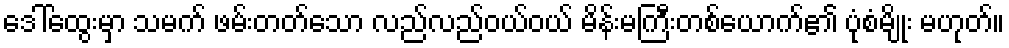
ဒေါ်ထွေးမှာ သမက် ဖမ်းတတ်သော လည်လည်ဝယ်ဝယ် မိန်းမကြီးတစ်ယောက်၏ ပုံစံမျိုး မဟုတ်။